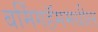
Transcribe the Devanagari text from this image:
बर्मिंगहॅममधील